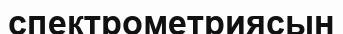
спектрометриясын